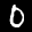
Label: 0